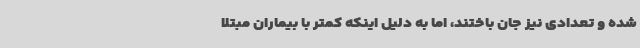
شده و تعدادی نیز جان باختند، اما به دلیل اینکه کمتر با بیماران مبتلا